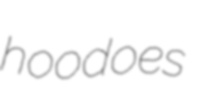
hoodoes